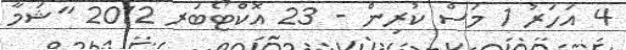
4 އަހަރު 1 މަސް ކުރިން - 23 އޮކްޓޯބަރ 2012 "ޝަމާ